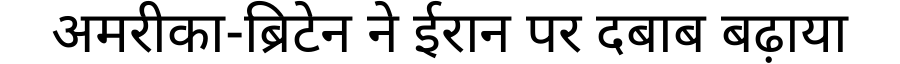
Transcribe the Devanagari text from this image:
अमरीका-ब्रिटेन ने ईरान पर दबाब बढ़ाया